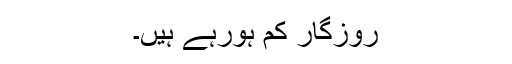
روزگار کم ہورہے ہیں۔